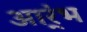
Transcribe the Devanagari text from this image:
आर्ंभ